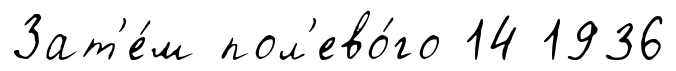
Зат'е́м пол'ево́го 14 1936